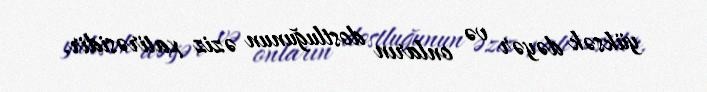
yüksək dəyər və onların dostluğunun əziz xatirəsidir.